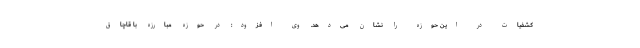
کشفیات در این حوزه را نشان می‌دهد. وی افزود: در حوزه مبارزه با قاچاق